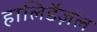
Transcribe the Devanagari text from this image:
हालिडैज़ल